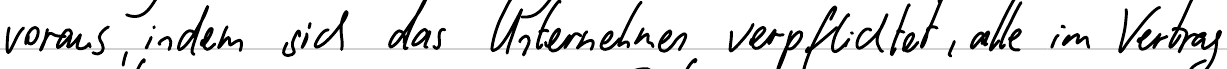
voraus, indem sich das Unternehmen verpflichtet, alle im Vertrag